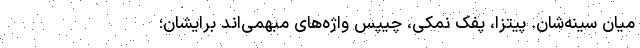
میان سینه‌شان. پیتزا، پفک نمکی، چیپس واژه‌های مبهمی‌اند برایشان؛